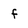
Character: f